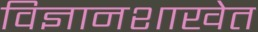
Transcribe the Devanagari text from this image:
विज्ञानशाखेत